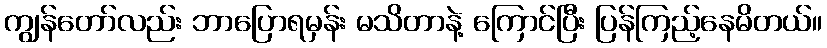
ကျွန်တော်လည်း ဘာပြောရမှန်း မသိတာနဲ့ ကြောင်ပြီး ပြန်ကြည့်နေမိတယ်။